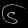
Digit: ၆